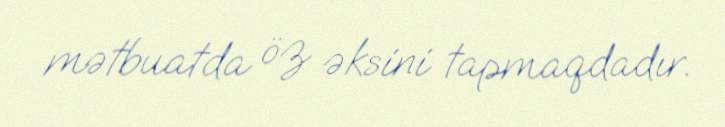
mətbuatda öz əksini tapmaqdadır.